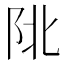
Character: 𨸾